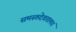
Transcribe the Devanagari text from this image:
समस्तदेवतामयं